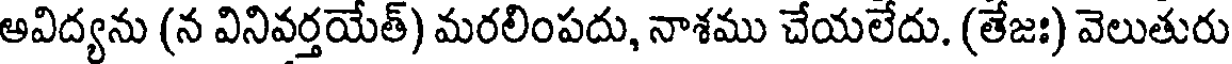
అవిద్యను (న వినివర్తయేత్) మరలింపదు, నాశము చేయలేదు. (తేజః) వెలుతురు